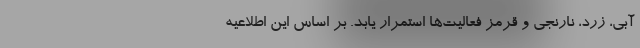
آبی، زرد، نارنجی و قرمز فعالیت­‌ها استمرار یابد. بر اساس این اطلاعیه